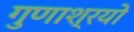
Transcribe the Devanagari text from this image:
गुणाश्रयो